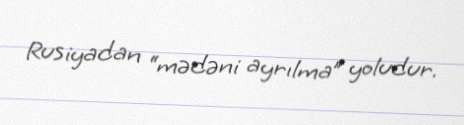
Rusiyadan “mədəni ayrılma” yoludur.